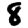
Digit: 8